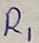
Text: R1